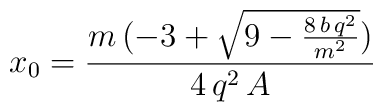
x_0 = \frac {m\,( - 3 + \sqrt{9-\frac {8\,b\,q^{2}}{m^{2}}})}{4\,q^{2}\,A}